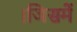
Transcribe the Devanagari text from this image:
।जिसमें